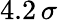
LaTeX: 4.2\, \sigma